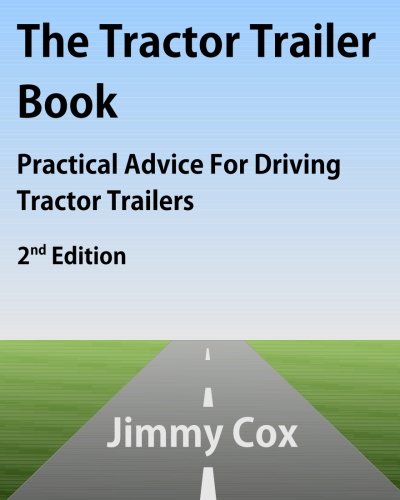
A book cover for The Tractor Trailer Book: Practical Advice For Driving Tractor Trailers 2nd Edition; Jimmy Cox; Test Preparation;